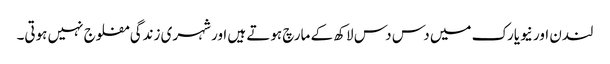
لندن اور نیویارک میں دس دس لاکھ کے مارچ ہوتے ہیں اور شہری زندگی مفلوج نہیں ہوتی۔